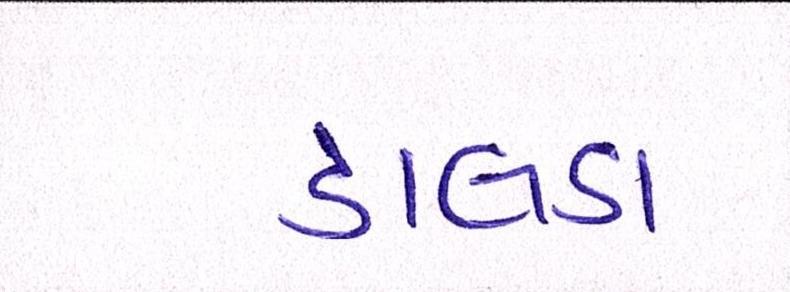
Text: ડાલડા